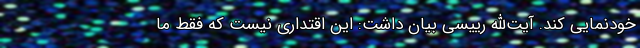
خودنمایی کند. آیت‌الله رییسی بیان داشت: این اقتداری نیست که فقط ما